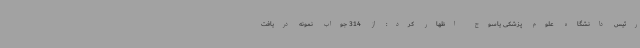
رئیس دانشگاه علوم پزشکی یاسوج اظهار کرد: از 314 جواب نمونه دریافت